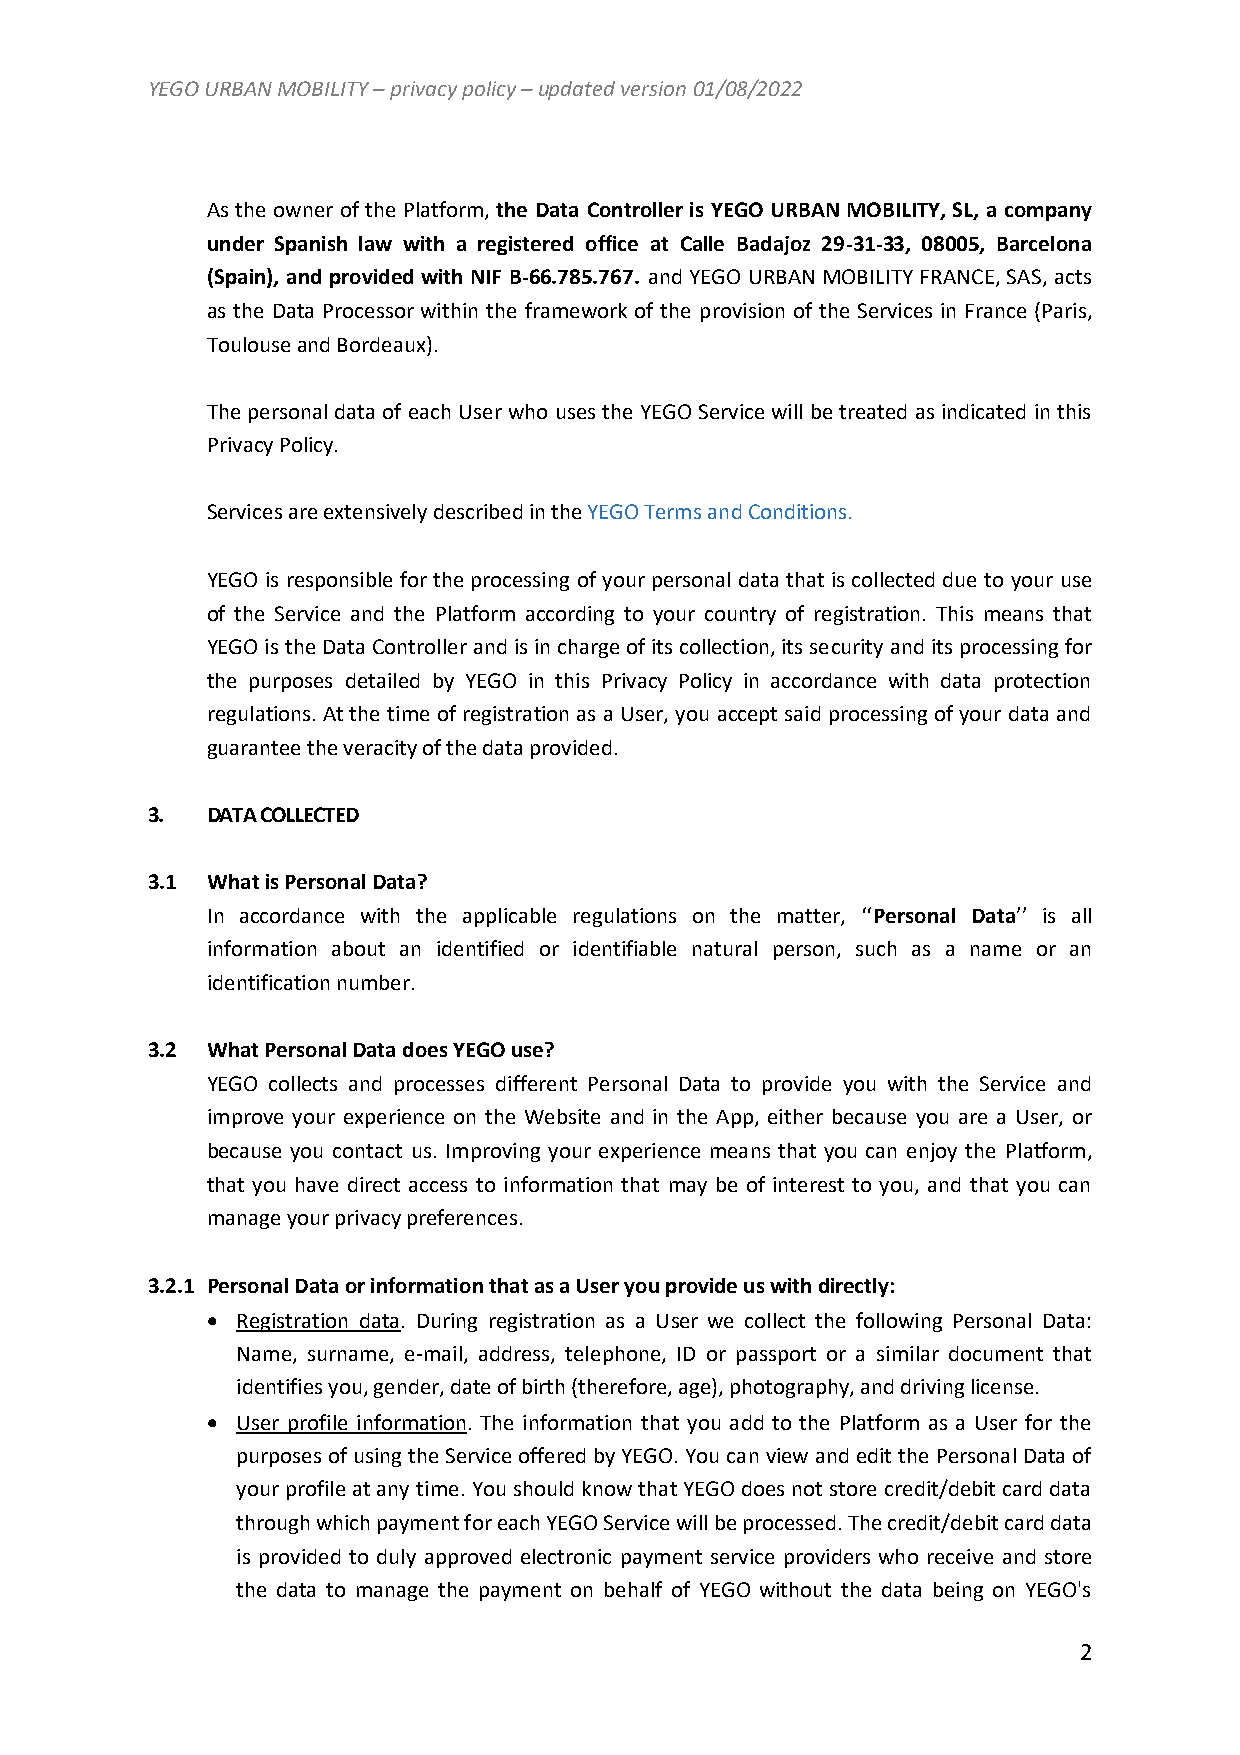
YEGO URBAN MOBILITY – privacy policy – updated version 01/08/2022
 As the owner of the Platform, the Data Controller is YEGO URBAN MOBILITY, SL, a company
 under Spanish law with a registered office at Calle Badajoz 29-31-33, 08005, Barcelona
 (Spain), and provided with NIF B-66.785.767. and YEGO URBAN MOBILITY FRANCE, SAS, acts
 as the Data Processor within the framework of the provision of the Services in France (Paris,
 Toulouse and Bordeaux).
 The personal data of each User who uses the YEGO Service will be treated as indicated in this
 Privacy Policy.
 Services are extensively described in the YEGO Terms and Conditions.
 YEGO is responsible for the processing of your personal data that is collected due to your use
 of the Service and the Platform according to your country of registration. This means that
 YEGO is the Data Controller and is in charge of its collection, its security and its processing for
 the purposes detailed by YEGO in this Privacy Policy in accordance with data protection
 regulations. At the time of registration as a User, you accept said processing of your data and
 guarantee the veracity of the data provided.
 3.  DATA COLLECTED
 3.1 What is Personal Data?
 In accordance with the applicable regulations on the matter, ‘‘Personal Data’’ is all
 information about an identified or identifiable natural person, such as a name or an
 identification number.
 3.2 What Personal Data does YEGO use?
 YEGO collects and processes different Personal Data to provide you with the Service and
 improve your experience on the Website and in the App, either because you are a User, or
 because you contact us. Improving your experience means that you can enjoy the Platform,
 that you have direct access to information that may be of interest to you, and that you can
 manage your privacy preferences.
 3.2.1 Personal Data or information that as a User you provide us with directly:
  Registration data. During registration as a User we collect the following Personal Data:
 Name, surname, e-mail, address, telephone, ID or passport or a similar document that
 identifies you, gender, date of birth (therefore, age), photography, and driving license.
  User profile information. The information that you add to the Platform as a User for the
 purposes of using the Service offered by YEGO. You can view and edit the Personal Data of
 your profile at any time. You should know that YEGO does not store credit/debit card data
 through which payment for each YEGO Service will be processed. The credit/debit card data
 is provided to duly approved electronic payment service providers who receive and store
 the data to manage the payment on behalf of YEGO without the data being on YEGO's
 2